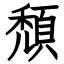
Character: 頹